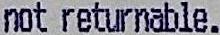
NOT RETURNABLE.